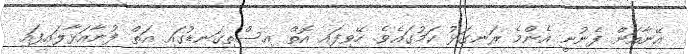
އޭނާއަށް ފެނުނީ އެންމެ ރަނގަޅު ކަމުގައެވެ. ހޭވިފައި އޮތް އިސްތިގަނޑުގައި އަތް ފުނާއަޅާލައިފައި